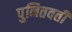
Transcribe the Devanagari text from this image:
पुनितवतीं